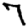
Digit: 7